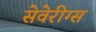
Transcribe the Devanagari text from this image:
सेवेरीग्स